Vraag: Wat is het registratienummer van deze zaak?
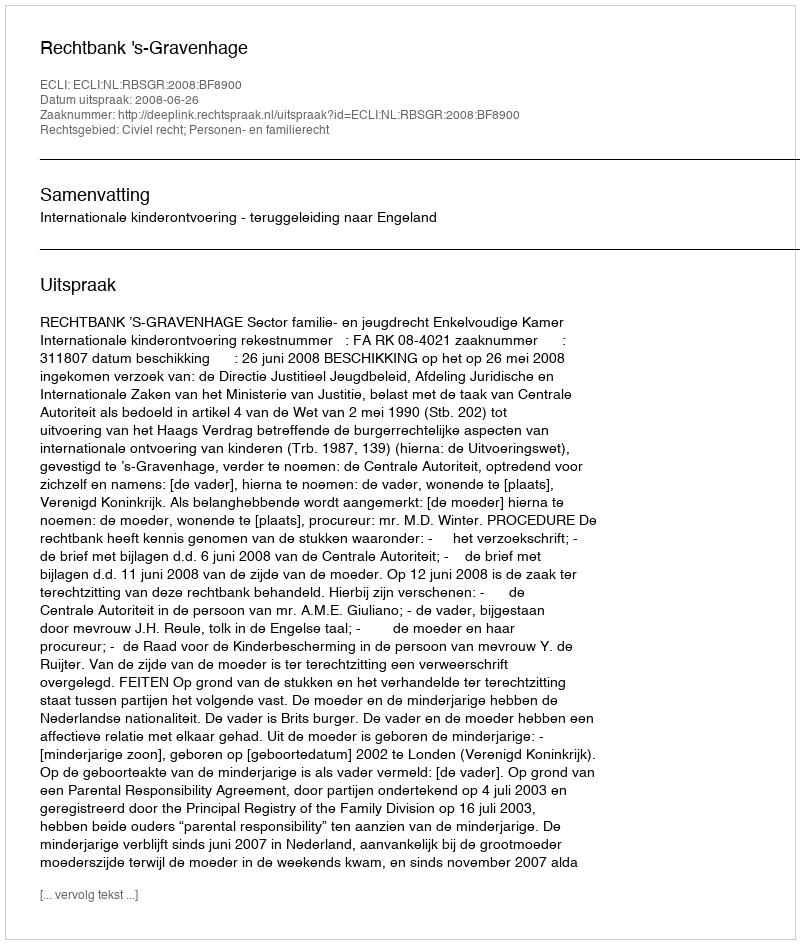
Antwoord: http://deeplink.rechtspraak.nl/uitspraak?id=ECLI:NL:RBSGR:2008:BF8900